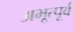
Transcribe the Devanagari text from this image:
अभूत्पूर्व